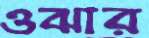
ওঝার